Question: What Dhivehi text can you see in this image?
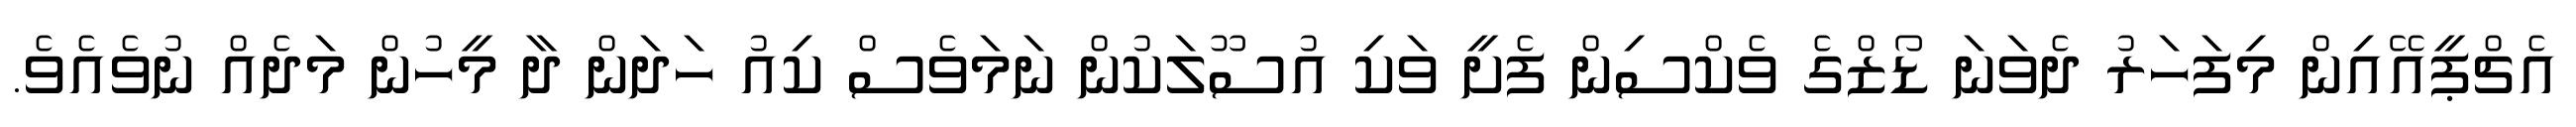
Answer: އެޗްޕީއޭއިން މިފަހަރު ދެވަނަ ޑޯޒްގެ ވެކްސިން ފެށީ ވަކި އުސޫލަކުން ނަމަވެސް ކިއު ހަދަން ދާ މީހުން މަދެއް ނުވެއެވެ.